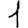
Digit: 1